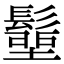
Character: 𩮢